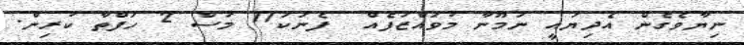
ނިޔާވެގެން އެދިޔައީ ނަމޫނާ މުވައްޒަފެއް  ފެނަކަ11 މަސް 2 ހަފްތާ ކުރިން.